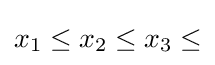
x_{1}\leq x_{2}\leq x_{3}\leq